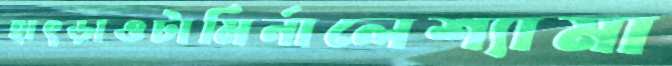
হাৎড়াওটামির্নালেশ্যামা